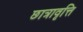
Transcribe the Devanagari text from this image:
छात्रावृत्ति